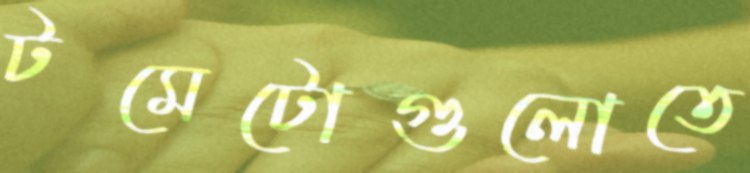
টমেটোগুলোতে